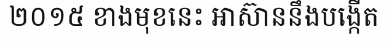
២០១៥ ខាងមុខនេះ អាស៊ាននឹងបង្កើត